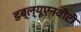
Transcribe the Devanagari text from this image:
डब्ल्यूएनवीटी